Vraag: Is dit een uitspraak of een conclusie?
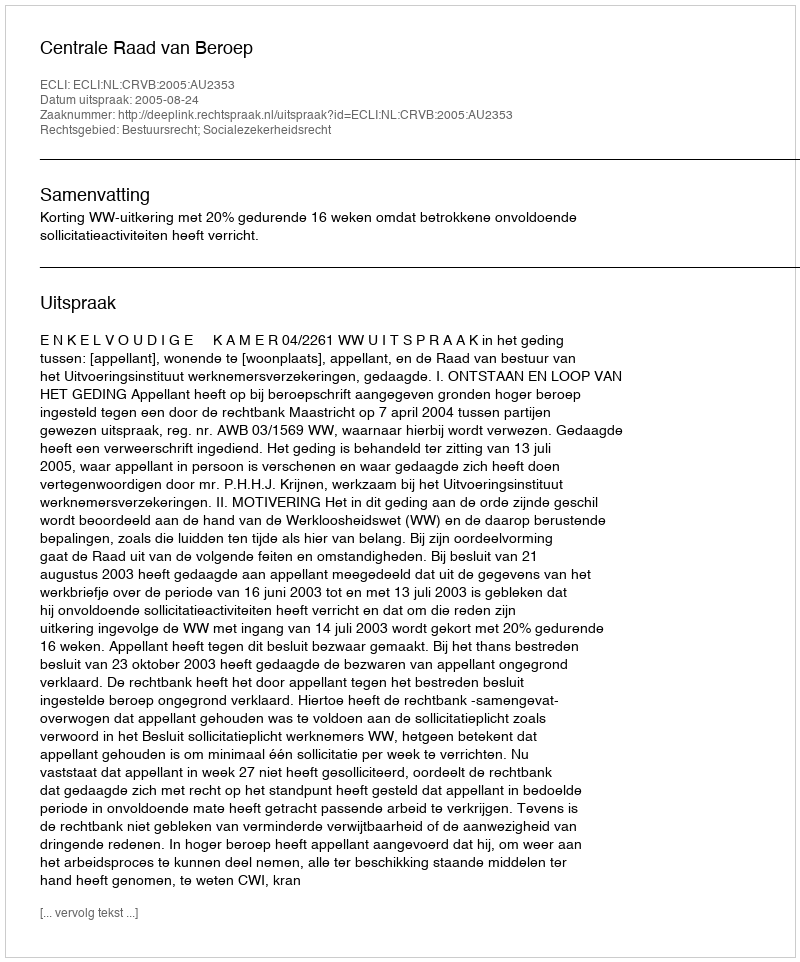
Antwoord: Uitspraak